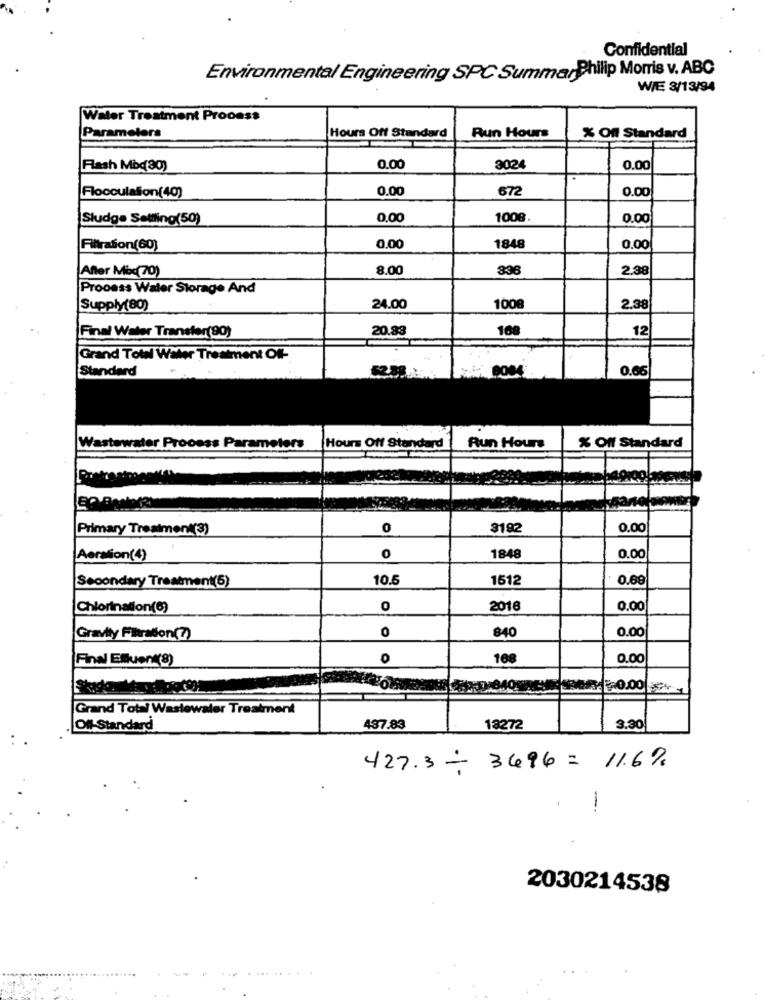
Confidential
Environmental Engineering SPC SummarPhilip Morris v. ABC
WIE 3/13/94
Water Treatment Process
Parameters
Hours Off Standard
Run Hours
% Off Standard
Flash Mbq(30)
0.00
3024
0.00
0.00
672
0.00
Flocculation(40)
Sludge Settling(50)
0,00
1008.
0.00
Filtration(60)
0.00
1848
0.00
After Misc(70)
8.00
836
2.38
Process Water Storage And
Supply(80)
24.00
1008
2.38
Final Water Transfer(90)
20.83
108
12
Grand Town Water Treatment Of-
Standard
0.66
Wastewater Process Parameters
Hours Off Standard
Run Hours
% Off Standard
Primary Treatment(3)
0
3192
0.00
Aeration(4)
0
1848
0.00
Secondary Treatment(5)
10.5
1512
0.68
Chlorination(6)
0
2016
0.00
0
0.00
Gravity Filtration(?)
840
Final Effluent(8)
0
168
0.00
SPORY50.00
Grand Total Wastewater Treatment
Of-Standard
487.83
18272
3.30
427.3 - 3696 = 11.6%
2030214538
....